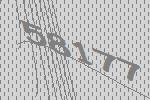
58177